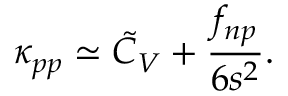
\kappa _ { p p } \simeq \tilde { C } _ { V } + \frac { f _ { n p } } { 6 s ^ { 2 } } .